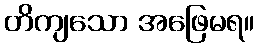
တိကျသော အဖြေမရ။